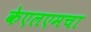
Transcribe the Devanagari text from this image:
केएलएमचा